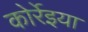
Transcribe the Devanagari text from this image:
कोर्रेइया